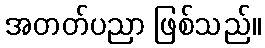
အတတ်ပညာ ဖြစ်သည်။